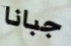
جبانا